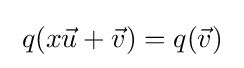
\;q(x{\vec {u}}+{\vec {v}})=q({\vec {v}})\;